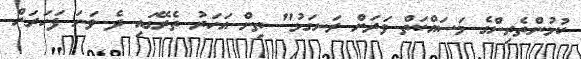
ކުޅުންތެރިންގެ މަސައްކަތް ވަރަށް ރަނގަޅު" ތިން އަހަރު ތެރޭގައި ދެ ވަނަ ފަހަރަށް